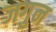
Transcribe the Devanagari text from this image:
जगुन